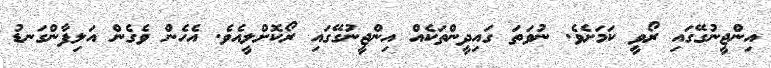
އިންޖީނުގޭގައި ރޯވީ ކަމަށެވެ. ނުވަތަ ގައިދީންތަކެއް އިންޖީނުގޭގައި ރޯކޮށްލީއެވެ. އެހެން ވެގެން އަލިފާންގަނޑު